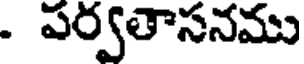
. పర్వతాసనము